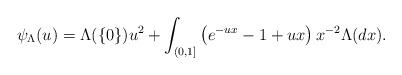
LaTeX: \begin{align*} \psi_\Lambda(u) = \Lambda(\{0\})u^2 + \int_{(0,1]} \left(e^{-u x} -1 + ux \right) x^{-2} \Lambda(dx).\end{align*}